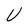
Character: U